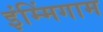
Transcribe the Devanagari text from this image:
इंम्मिंगाम